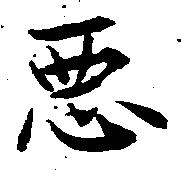
悪